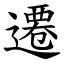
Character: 遷